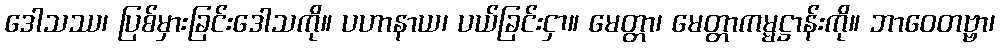
ဒေါသဿ၊ ပြစ်မှားခြင်းဒေါသကို။ ပဟာနာယ၊ ပယ်ခြင်းငှာ။ မေတ္တာ၊ မေတ္တာကမ္မဋ္ဌာန်းကို။ ဘာဝေတဗ္ဗာ၊